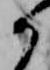
か